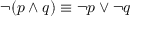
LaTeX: \neg ( p \wedge q ) \equiv \neg p \vee \neg q